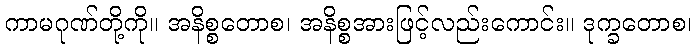
ကာမဂုဏ်တို့ကို။ အနိစ္စတောစ၊ အနိစ္စအားဖြင့်လည်းကောင်း။ ဒုက္ခတောစ၊